Vaccination in Bombay 1856-1862 - 1856-1862
Year: 1856
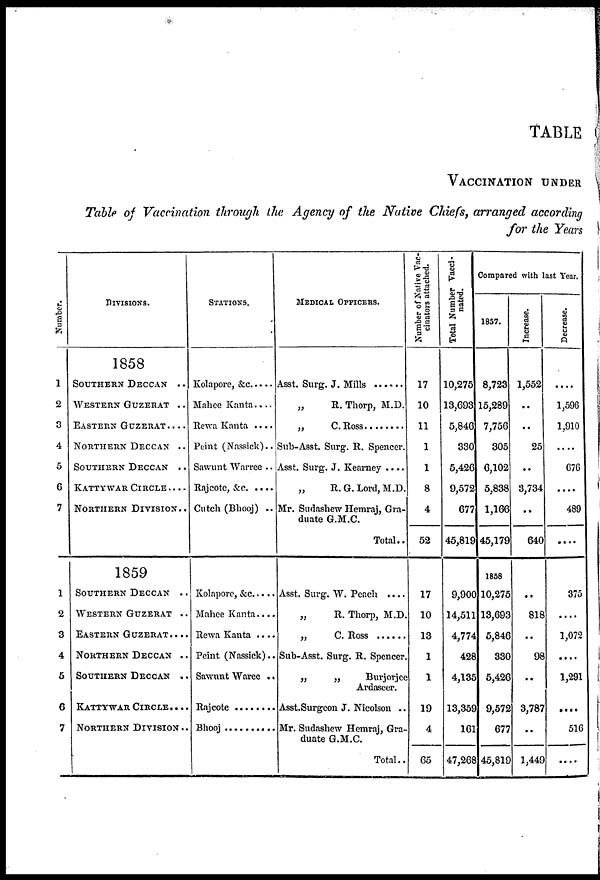
TABLE
VACCINATION UNDER
Table of Vaccination through the Agency of the Native Chiefs, arranged according
for the Years
Number.
1
2
3
4
5
6
7
DIVISIONS.
1858
SOUTHERN DECCAN ..
WESTERN GUZERAT ..
EASTERN GUZERAT. ...
NORTHERN DECCAN ..
SOUTHERN DECCAN ..
KATTYWAR CIRCLE ....
NORTHERN DIVISION..
STATIONS.
Kolapore.&c.....
Malice Kanta....
Rewa Kanta ....
Peint (Nassick)..
Sawunt Warree ..
Rajcote, & c ....
Cutch (Bhooj) ..
MEDICAL OFFICERS.
Asst.Surg.J.Mills .....
„
R. Thorp, M.D.
„ C Ross ..........
Sub-Asst. Surg. R. Spencer.
Asst. Surg. J. Kearney ....
„
R. G. Lord, M.D.
Mr. Sudashew Hemraj, Gra-
duate G.M.C.
Total..
1
2
3
4
5
6
7
1859
SOUTHERN DECCAN ..
WESTERN GUZERAT ..
EASTERN GUZERAT. ...
NORTHERN DECCAN ..
SOUTHERN DECCAN ..
KATTYWAR CIRCLE. ...
NORTHERN DIVISION ..
Kolapore, &c
Mahee Kanta....
Rewa Kanta ....
Peint (Nassick)..
Sawunt Warec ..
Rajcote ........
Bhooj ..........
Asst. Surg. W. Peach ....
„
R. Thorp, M.D.
„C.Ross ......
Sub-Asst. Surg. R. Spencer.
„
„
Burjorjce
Ardascer.
Asst.Surgeon J. Nicolson ..
Mr. Sudashew Hemraj, Gra-
duate G.M.C.
Total..
Number of Native Vac-
cinators attached.
17
10
11
1
1
8
4
52
17
10
13
1
1
19
4
65
Total Number Vacci-
nated.
10,275
13,693
5,846
330
5,426
9,572
677
45,819
9,900
14,511
4,774
428
4,135
13,359
161
47,268
Compared with last Year.
1857.
8,723
15,289
7,756
305
6,102
5,838
1,166
45,179
1858
10,275
13,693
5,846
330
5,426
9,572
677
45,810
Increase.
1,552
..
..
25
..
3,734
..
640
..
818
..
98
..
3,787
..
1,449
Decrease.
....
1,596
1,910
....
676
....
489
....
375
..
1,072
....
1,291
....
516
....